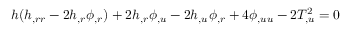
h ( h _ { , r r } - 2 h _ { , r } \phi _ { , r } ) + 2 h _ { , r } \phi _ { , u } - 2 h _ { , u } \phi _ { , r } + 4 \phi _ { , u u } - 2 T _ { , u } ^ { 2 } = 0